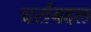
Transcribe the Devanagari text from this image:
घरांबद्दल